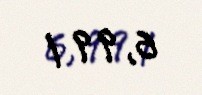
6,99 l